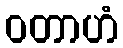
ဝတာဟံ